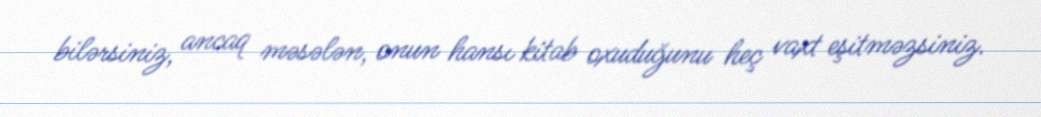
bilərsiniz, ancaq məsələn, onun hansı kitab oxuduğunu heç vaxt eşitməzsiniz.